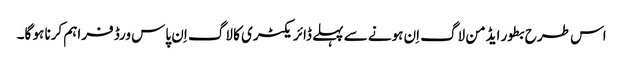
اس طرح بطور ایڈمن لاگ اِن ہونے سے پہلے ڈائریکٹری کا لاگ اِن پاس ورڈ فراہم کرنا ہو گا۔